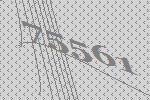
75561